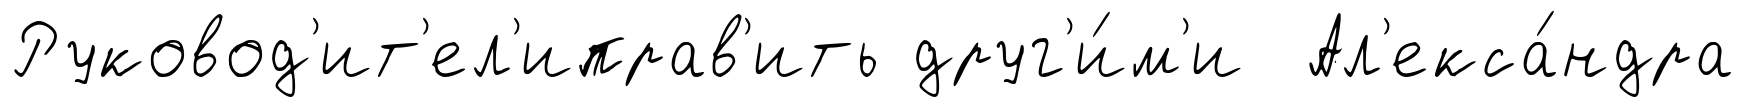
Руковод'ит'ел'иправ'ить друг'и́м'и Ал'екса́ндра